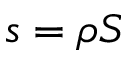
s = \rho S